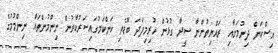
އިސްކަން ދިނުމަށާއި ރައްޔިތުންނާ ސީދާ ގުޅުން ހުރިމިފަދަ ބޮޑެތި ކަންކަމުގައިސަރުކާރުން ނިންމުންތައް ނިންމުމުގެ